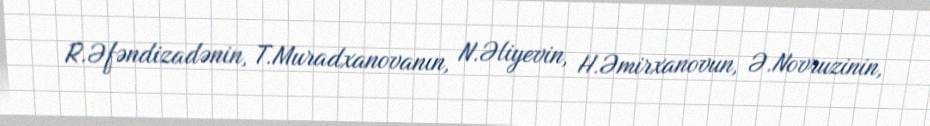
R.Əfəndizadənin, T.Muradxanovanın, N.Əliyevin, H.Əmirxanovun, Ə.Novruzinin,